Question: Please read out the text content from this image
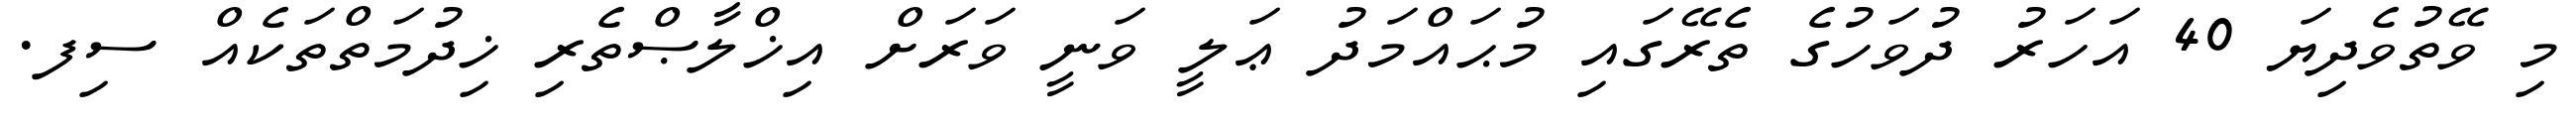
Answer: މި ވޭތުވެދިޔަ 40 އަހަރު ދުވަހުގެ ތެރޭގައި މުޙައްމަދު ޢަލީ ވަނީ ވަރަށް އިޚްލާޞްތެރި ޚިދުމަތްތަކެއް ސިފ.